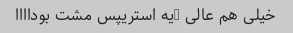
خیلی هم عالی …یه استریپس مشت بوداااا